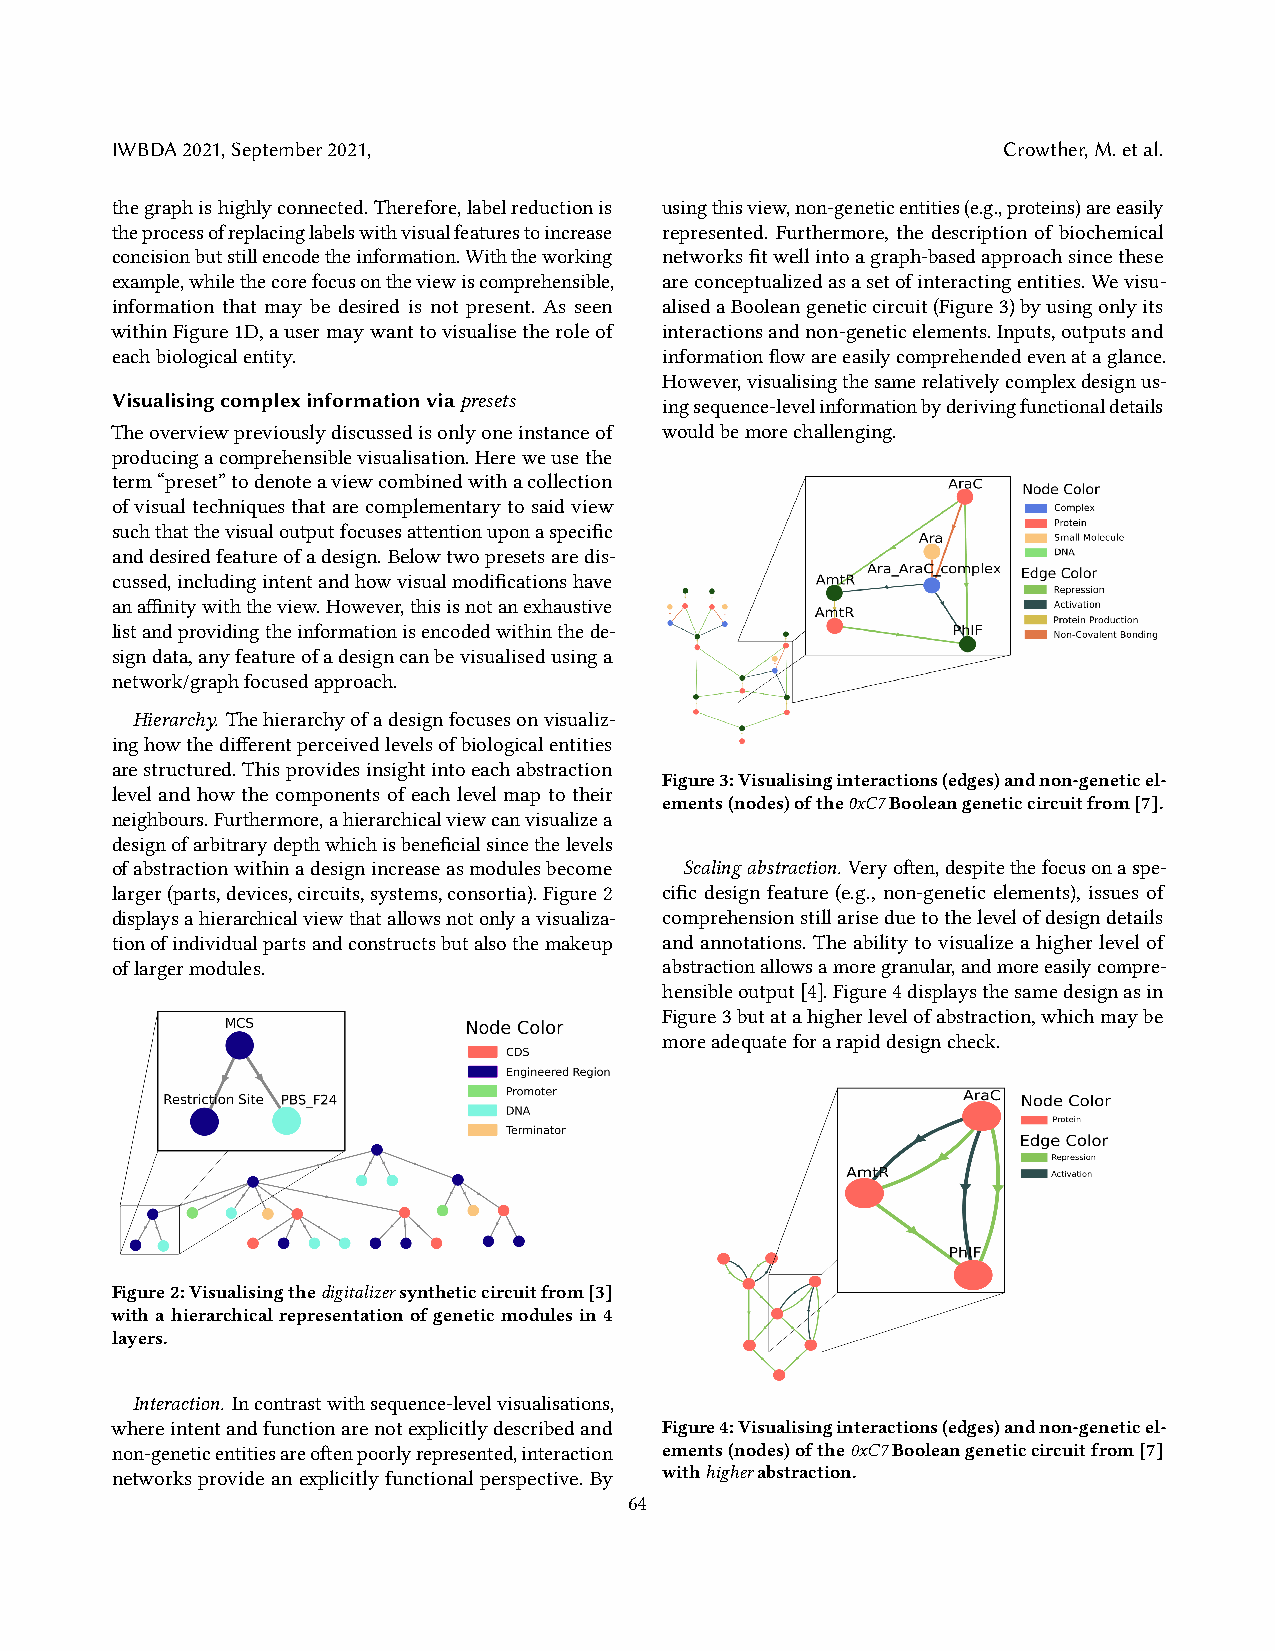
IWBDA2021,September2021,                                   Crowther,M.etal.
 thegraphishighlyconnected.Therefore,labelreductionis usingthisview,non-geneticentities(e.g.,proteins)areeasily
 theprocessofreplacinglabelswithvisualfeaturestoincrease represented. Furthermore, the description of biochemical
 concisionbutstillencodetheinformation.Withtheworking networksfitwellintoagraph-basedapproachsincethese
 example,whilethecorefocusontheviewiscomprehensible, areconceptualizedasasetofinteractingentities.Wevisu-
 information that may be desired is not present. As seen alisedaBooleangeneticcircuit(Figure3)byusingonlyits
 withinFigure1D,ausermaywanttovisualisetheroleof interactionsandnon-geneticelements.Inputs,outputsand
 eachbiologicalentity.                informationflowareeasilycomprehendedevenataglance.
 However,visualisingthesamerelativelycomplexdesignus-
 Visualisingcomplexinformationviapresets ingsequence-levelinformationbyderivingfunctionaldetails
 Theoverviewpreviouslydiscussedisonlyoneinstanceof wouldbemorechallenging.
 producingacomprehensiblevisualisation.Hereweusethe
 term“preset”todenoteaviewcombinedwithacollection
 ofvisualtechniquesthatarecomplementarytosaidview
 suchthatthevisualoutputfocusesattentionuponaspecific
 anddesiredfeatureofadesign.Belowtwopresetsaredis-
 cussed,includingintentandhowvisualmodificationshave
 anaffinitywiththeview.However,thisisnotanexhaustive
 listandprovidingtheinformationisencodedwithinthede-
 signdata,anyfeatureofadesigncanbevisualisedusinga
 network/graphfocusedapproach.
 Hierarchy. Thehierarchyofadesignfocusesonvisualiz-
 inghowthedifferentperceivedlevelsofbiologicalentities
 arestructured.Thisprovidesinsightintoeachabstraction
 Figure3:Visualisinginteractions(edges)andnon-geneticel-
 level and how the components of each level map to their
 ements(nodes)ofthe0xC7Booleangeneticcircuitfrom[7].
 neighbours.Furthermore,ahierarchicalviewcanvisualizea
 designofarbitrarydepthwhichisbeneficialsincethelevels
 ofabstractionwithinadesignincreaseasmodulesbecome Scalingabstraction. Veryoften,despitethefocusonaspe-
 larger(parts,devices,circuits,systems,consortia).Figure2 cific design feature (e.g., non-genetic elements), issues of
 displaysahierarchicalviewthatallowsnotonlyavisualiza- comprehensionstillariseduetothelevelofdesigndetails
 tionofindividualpartsandconstructsbutalsothemakeup and annotations. The ability to visualize a higher level of
 oflargermodules.                     abstractionallowsamoregranular,andmoreeasilycompre-
 hensibleoutput[4].Figure4displaysthesamedesignasin
 Figure3butatahigherlevelofabstraction,whichmaybe
 moreadequateforarapiddesigncheck.
 Figure2:Visualisingthedigitalizersyntheticcircuitfrom[3]
 withahierarchicalrepresentationofgeneticmodulesin4
 layers.
 Interaction. Incontrastwithsequence-levelvisualisations,
 whereintentandfunctionarenotexplicitlydescribedand Figure4:Visualisinginteractions(edges)andnon-geneticel-
 non-geneticentitiesareoftenpoorlyrepresented,interaction ements(nodes)ofthe0xC7Booleangeneticcircuitfrom[7]
 networks provide an explicitly functional perspective. By withhigherabstraction.
 64